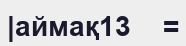
|аймақ13    =